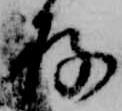
存